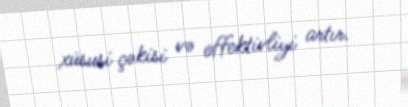
xüsusi çəkisi və effektivliyi artır.